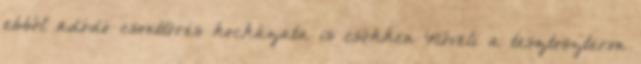
ebből adódó csonttörés kockázata is csökken Növeli a tesztoszteron